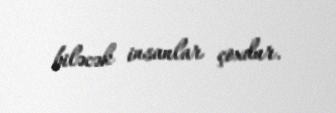
biləcək insanlar çoxdur.